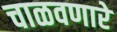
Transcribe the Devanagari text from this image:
चाळवणारे